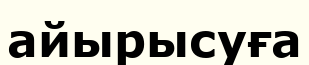
айырысуға